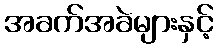
အခက်အခဲများနှင့်